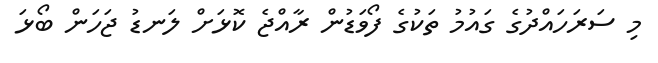
މި ސަރަހައްދުގެ ގައުމު ތަކުގެ ފޯވަޑުން ރާއްޖެ ކޮޅަށް ލަނޑު ޖަހަން ބޯޅަ